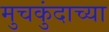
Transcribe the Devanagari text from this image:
मुचकुंदाच्या